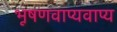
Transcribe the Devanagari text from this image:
भूषणवाप्यवाप्य